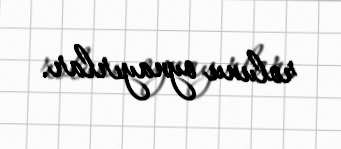
rolunu oynayırlar.